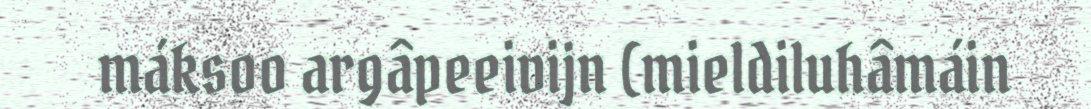
máksoo argâpeeivijn (mieldiluhâmáin